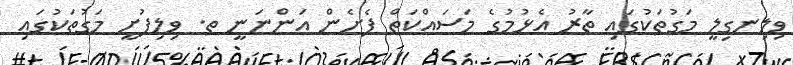
ވިލިނގިލީ މަގުތަކުގައި ތާރު އެޅުމުގެ މަސައްކަތް ފެށެން އަންނަނީ ތ. ވިލިފުށީ މަގުތަކުގައި